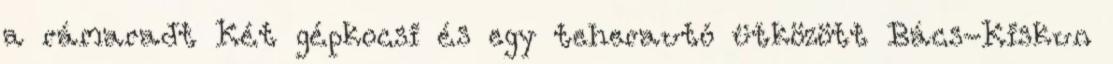
a rámaradt Két gépkocsi és egy teherautó ütközött Bács-Kiskun